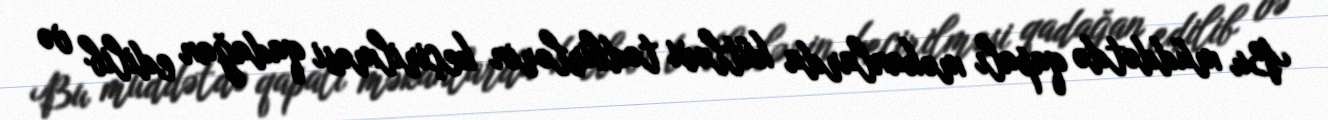
Bu müddətdə qapalı məkanlarda kütləvi tədbirlərin keçirilməsi qadağan edilib və